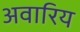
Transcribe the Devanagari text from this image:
अवारिय